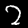
Label: 2